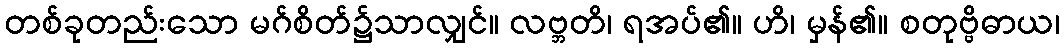
တစ်ခုတည်းသော မဂ်စိတ်၌သာလျှင်။ လဗ္ဘတိ၊ ရအပ်၏။ ဟိ၊ မှန်၏။ စတုဗ္ဗိဓာယ၊